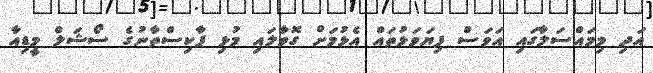
އަދި މިމައްސަލާގައި އަވަސް ފިޔަވަޅުތައް އެޅުމަށް ގޮވާލައި މުޅި ޕާކިސްތާނުގެ ސޯޝަލް މީޑިއާ